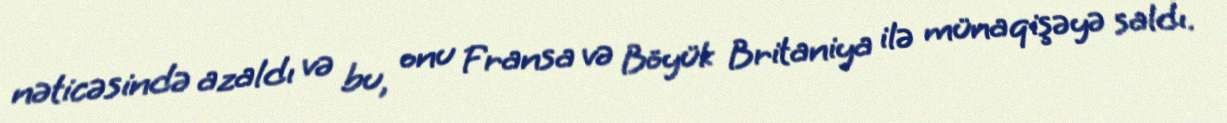
nəticəsində azaldı və bu, onu Fransa və Böyük Britaniya ilə münaqişəyə saldı.